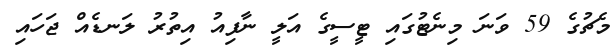
މެޗުގެ 59 ވަނަ މިނެޓުގައި ޓީސީގެ އަލީ ނާފިއު އިތުރު ލަނޑެއް ޖަހައި